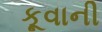
કૂવાની